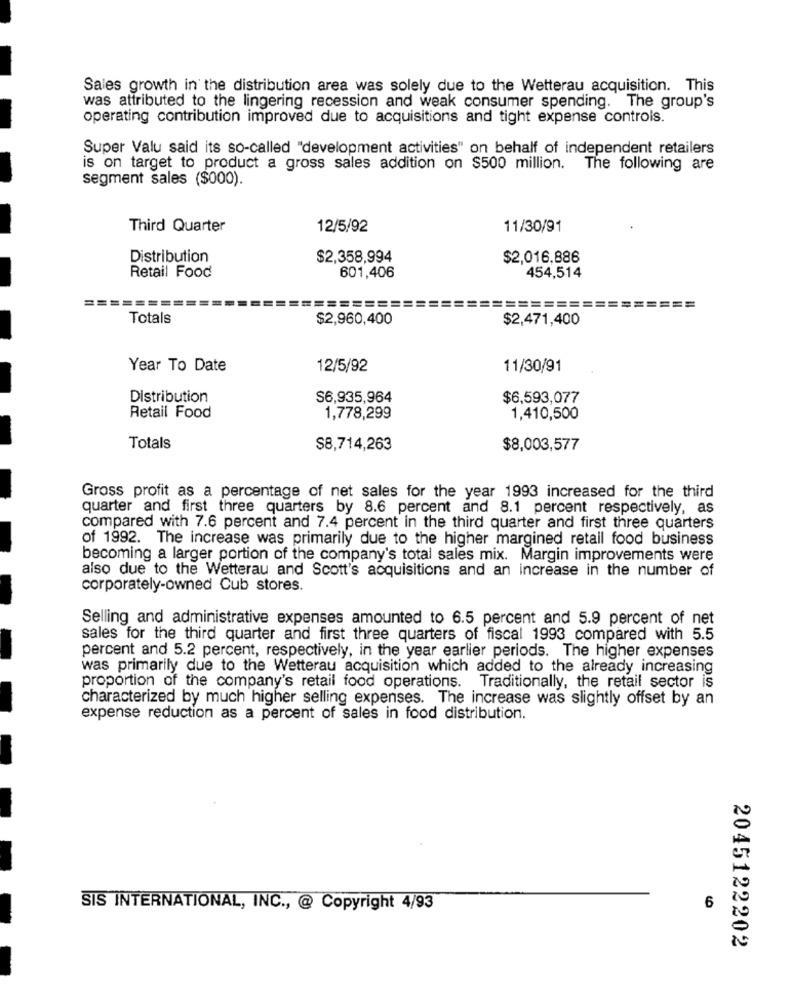
Sales growth in the distribution area was solely due to the Wetterau acquisition. This
was attributed to the lingering recession and weak consumer spending. The group's
operating contribution improved due to acquisitions and tight expense controls.
Super Valu said its so-called "development activities" on behalf of independent retailers
is on target to product a gross sales addition on $500 million. The following are
segment sales ($000).
Third Quarter
12/5/92
11/30/91
Distribution
$2,358,994
$2,016,886
Retail Food
601,406
454,514
==
=======
========
= =
===
Totals
$2,960,400
$2,471,400
Year To Date
12/5/92
11/30/91
Distribution
$6,935,964
$6,593,077
Retail Food
1,778,299
1,410,500
Totals
$8,714,263
$8,003,577
Gross profit as a percentage of net sales for the year 1993 increased for the third
quarter and first three quarters by 8.6 percent and 8.1 percent respectively, as
compared with 7.6 percent and 7.4 percent in the third quarter and first three quarters
of 1992. The increase was primarily due to the higher margined retail food business
becoming a larger portion of the company's total sales mix. Margin improvements were
also due to the Wetterau and Scott's acquisitions and an increase in the number of
corporately-owned Cub stores.
Selling and administrative expenses amounted to 6.5 percent and 5.9 percent of net
sales for the third quarter and first three quarters of fiscal 1993 compared with 5.5
percent and 5.2 percent, respectively, in the year earlier periods. The higher expenses
was primarily due to the Wetterau acquisition which added to the already increasing
proportion of the company's retail food operations. Traditionally, the retail sector is
characterized by much higher selling expenses. The increase was slightly offset by an
expense reduction as a percent of sales in food distribution.
6
SIS INTERNATIONAL, INC ., @ Copyright 4/93
2045122202